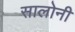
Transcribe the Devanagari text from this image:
सालोनी